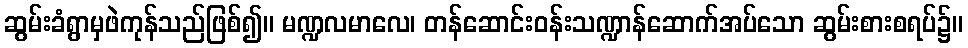
ဆွမ်းခံရွာမှဖဲကုန်သည်ဖြစ်၍။ မဏ္ဍလမာလေ၊ တန်ဆောင်းဝန်းသဏ္ဍာန်ဆောက်အပ်သော ဆွမ်းစားစရပ်၌။